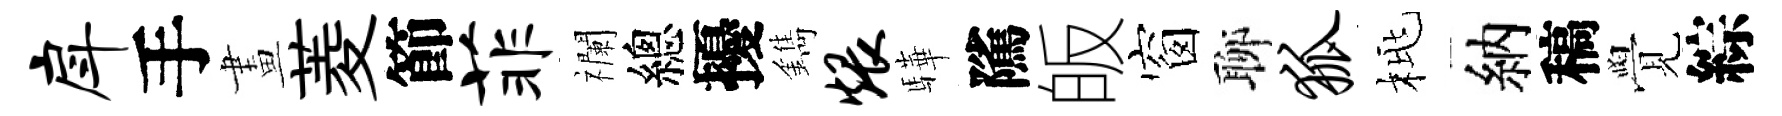
戽手畫菱節菲襴總擾鐫煨驊隲皈窗聊狐桃納稿覺綜